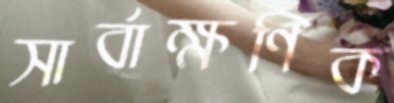
সার্বাক্ষণিক